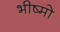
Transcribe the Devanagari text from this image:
भीष्मो